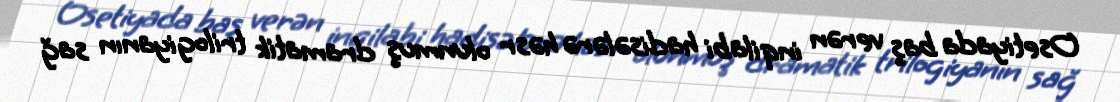
Osetiyada baş verən inqilabi hadisələrə həsr olunmuş dramatik trilogiyanın sağ